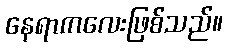
နေရာကလေးဖြစ်သည်။